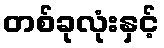
တစ်ခုလုံးနှင့်